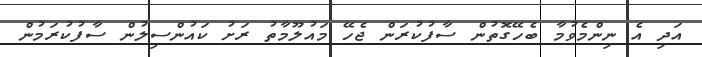
އަދި އެ ނިންމެވުމާ ބެހޭގޮތުން ސާފުކުރަން ޖެހޭ މައުލޫމާތު ރަށު ކައުންސިލުން ސާފުކުރަމުން